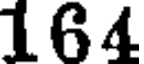
164